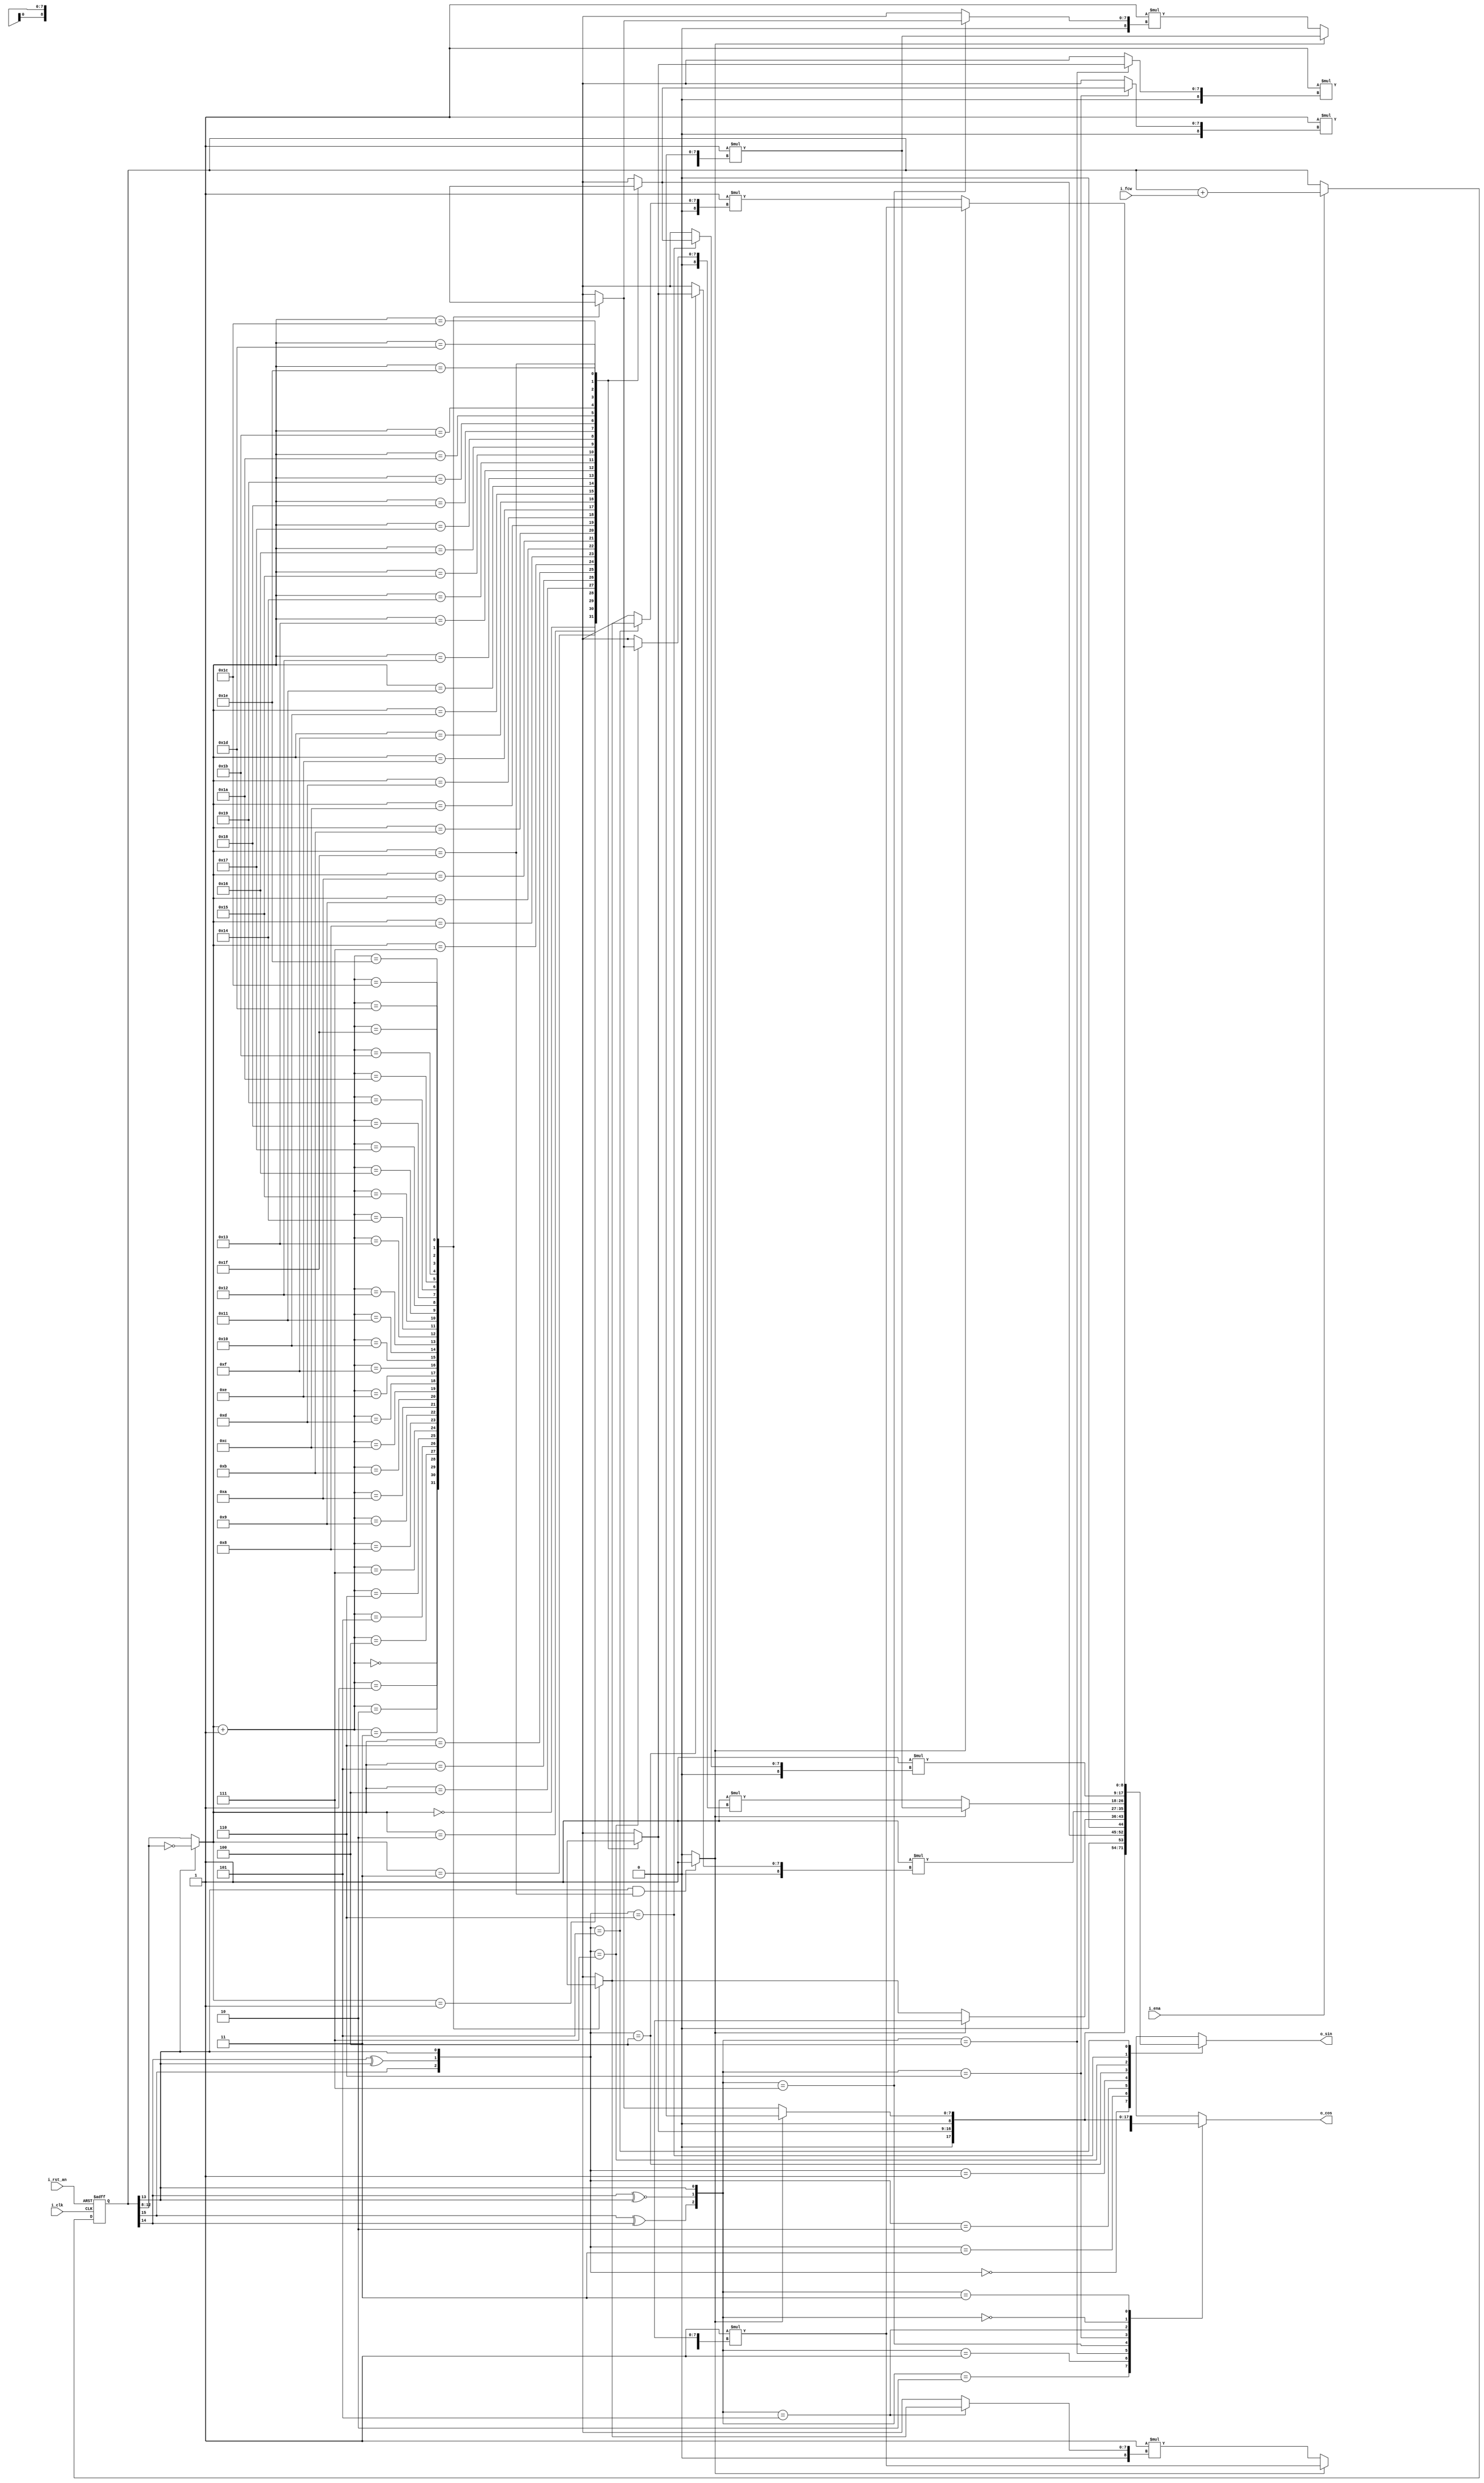
// -------------------------------------------------------------------
// Copyright (C) 2019 Ahmed Shahein
// -------------------------------------------------------------------
//
// -------------------------------------------------------------------
module sgen_nco #(
  parameter gp_rom_width        = 8,  // ROM address bit-width
  parameter gp_rom_depth        = 5,
  parameter gp_phase_accu_width = 16
) (
  input  wire                                  i_rst_an,
  input  wire                                  i_ena,
  input  wire                                  i_clk,
  input  wire        [gp_phase_accu_width-1:0] i_fcw,
  output wire signed [gp_rom_width:0]          o_sin,
  output wire signed [gp_rom_width:0]          o_cos
);
// -------------------------------------------------------------------
  // CONSTANT DECLARATION
  localparam c_rom_depth = 2**gp_rom_depth;
  // REGISTER DECLARATION
  reg         [gp_phase_accu_width-1:0] r_phase_accu;
  // WIRE DECLARATION
  wire        [gp_rom_width-1:0] nco_sin_rom [0:c_rom_depth-1];
  wire        [gp_rom_width-1:0] nco_cos_rom [0:c_rom_depth-1];
  wire        [gp_rom_width-1:0] nco_sin_max;
  wire        [gp_rom_width-1:0] nco_cos_max;
  wire        [2:0]              w_ctrl;
  wire        [gp_rom_depth-1:0] w_addr;
  wire                           w_sin_sign;
  wire                           w_sin_sinorcos;
  wire                           w_cos_sign;
  wire                           w_cos_sinorcos;
  wire                           w_sin_cos_mirror;
  wire                           w_sel_sin_max;
  wire                           w_sel_cos_max;
  reg  signed [gp_rom_width:0]   w_sin;
  reg  signed [gp_rom_width:0]   w_cos;
// -------------------------------------------------------------------
//  `include "nco_sin_rom.v"
//  `include "nco_cos_rom.v"
// -------------------------------------------------------------------
  always @(posedge i_clk or negedge i_rst_an)
    begin: p_phase_accu
      if (!i_rst_an)
        begin
	  r_phase_accu <= {gp_phase_accu_width{1'b0}};
	end
      else if (i_ena)
        begin
	  r_phase_accu <= r_phase_accu + i_fcw;
	end
    end
  
  assign w_ctrl = r_phase_accu[gp_phase_accu_width-1   -: 3];
  assign w_addr = (!w_sin_cos_mirror) ?  r_phase_accu[gp_phase_accu_width-1-3 -: gp_rom_depth] : 
                                        ~r_phase_accu[gp_phase_accu_width-1-3 -: gp_rom_depth];
  
  assign w_sin_sign       = w_ctrl[2];
  assign w_sin_sinorcos   = w_ctrl[1]  ^ w_ctrl[0];
  
  assign w_cos_sign       = w_ctrl[2]  ^ w_ctrl[1];
  assign w_cos_sinorcos   = w_ctrl[1] ~^ w_ctrl[0];
  
  assign w_sin_cos_mirror = w_ctrl[0];
  
  assign w_sel_sin_max = ( (w_sin_cos_mirror) && (w_addr == c_rom_depth-1) ) ? 1'b1 : 1'b0;
  assign w_sel_cos_max = ( (w_sin_cos_mirror) && (w_addr == c_rom_depth-1) ) ? 1'b1 : 1'b0;
         
  always @(*)
    begin: p_sin_reconstruction
      case ({w_sin_sign,w_sin_sinorcos,w_sin_cos_mirror})
        0: w_sin =                             $signed({1'b0,nco_sin_rom[w_addr]});
	3: w_sin = (!w_sel_sin_max) ?          $signed({1'b0,nco_cos_rom[w_addr+1'b1]}) :          $signed({1'b0,nco_cos_max});
	2: w_sin =                             $signed({1'b0,nco_cos_rom[w_addr]});
	1: w_sin = (!w_sel_sin_max) ?          $signed({1'b0,nco_sin_rom[w_addr+1'b1]}) :          $signed({1'b0,nco_sin_max});
	4: w_sin =                    -2'sd1 * $signed({1'b0,nco_sin_rom[w_addr]});
	7: w_sin = (!w_sel_sin_max) ? -2'sd1 * $signed({1'b0,nco_cos_rom[w_addr+1'b1]}) : -2'sd1 * $signed({1'b0,nco_cos_max});
	6: w_sin =                    -2'sd1 * $signed({1'b0,nco_cos_rom[w_addr]});
	5: w_sin = (!w_sel_sin_max) ? -2'sd1 * $signed({1'b0,nco_sin_rom[w_addr+1'b1]}) : -2'sd1 * $signed({1'b0,nco_sin_max});
	default: w_sin = $signed({(gp_rom_width+1){1'b0}});
      endcase
    end
  
  always @(*)
    begin: p_cos_reconstruction
      case ({w_cos_sign,w_cos_sinorcos,w_sin_cos_mirror})
        2: w_cos =                             $signed({1'b0,nco_cos_rom[w_addr]});
	1: w_cos = (!w_sel_cos_max) ?          $signed({1'b0,nco_sin_rom[w_addr+1'b1]}) :          $signed({1'b0,nco_sin_max});
	4: w_cos =                    -2'sd1 * $signed({1'b0,nco_sin_rom[w_addr]});
	7: w_cos = (!w_sel_cos_max) ? -2'sd1 * $signed({1'b0,nco_cos_rom[w_addr+1'b1]}) : -2'sd1 * $signed({1'b0,nco_cos_max});
	6: w_cos =                    -2'sd1 * $signed({1'b0,nco_cos_rom[w_addr]});
	5: w_cos = (!w_sel_cos_max) ? -2'sd1 * $signed({1'b0,nco_sin_rom[w_addr+1'b1]}) : -2'sd1 * $signed({1'b0,nco_sin_max});
	0: w_cos =                             $signed({1'b0,nco_sin_rom[w_addr]});
	3: w_cos = (!w_sel_cos_max) ?          $signed({1'b0,nco_cos_rom[w_addr+1'b1]}) :          $signed({1'b0,nco_cos_max});
	default: w_cos = $signed({(gp_rom_width+1){1'b0}});
      endcase
    end

assign o_sin = w_sin;
assign o_cos = w_cos;
          
endmodule